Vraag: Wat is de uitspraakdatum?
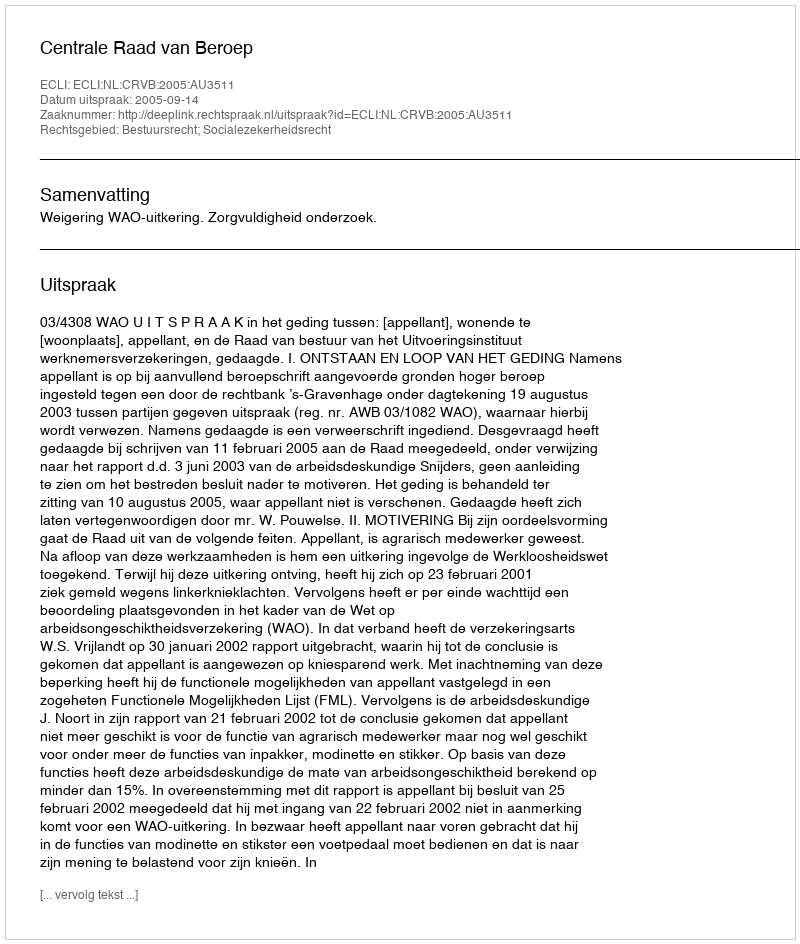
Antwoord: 2005-09-14